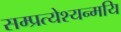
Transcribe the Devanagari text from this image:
सम्प्रत्येश्यन्मयि